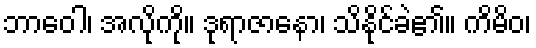
ဘာဝေါ၊ အလိုကို။ ဒုရာဇာနော၊ သိနိုင်ခဲ၏။ ကိမိဝ၊